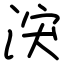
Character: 涋